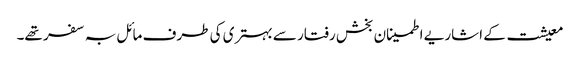
معیشت کے اشاریے اطمینان بخش رفتار سے بہتری کی طرف مائل بہ سفر تھے۔